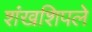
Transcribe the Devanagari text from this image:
शंखशिपले